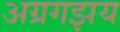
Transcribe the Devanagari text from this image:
अग्रगझय